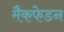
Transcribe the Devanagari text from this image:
मैकफेडन